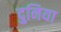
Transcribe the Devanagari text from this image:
दुनिया